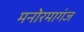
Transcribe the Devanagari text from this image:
मनोरमागंज